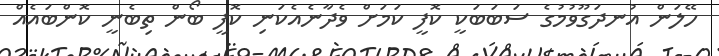
ހޭލަން އުނދަގޫވުމުގެ ސަބަބަކީ ކޮފީ ކަމަށް ވެދާނެއެކަނި ކޮފީ ބޯން ތިިބެނީ ކޮންބައެއް